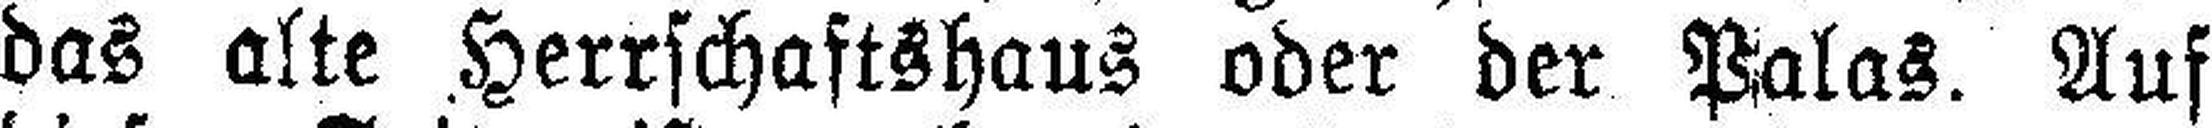
das alte Herrschaftshaus oder der Palas. Auf